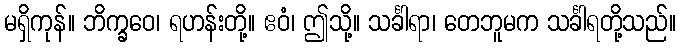
မရှိကုန်။ ဘိက္ခဝေ၊ ရဟန်းတို့။ ဧဝံ၊ ဤသို့။ သင်္ခါရာ၊ တေဘူမက သင်္ခါရတို့သည်။